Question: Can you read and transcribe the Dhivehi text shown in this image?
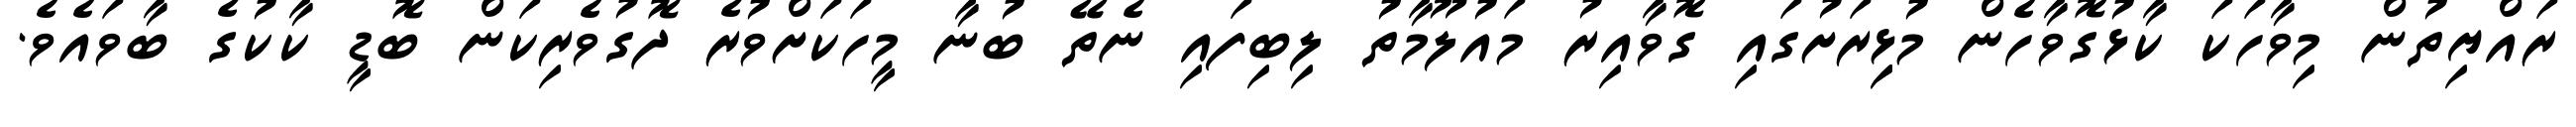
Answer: ރައްޔިތުން މިވާހަކަ ކާޅުގޮވާހެން މުޅިިރަށުގައި ގޮވާއިރު މައުލޫމާތު ލިބިފައި ނެތޭ ބުނާ މީހަކަށްވުރެ ދޮގުވެރިކަން ބޮޑީ ކާކުގެ ބާވައެވެ.